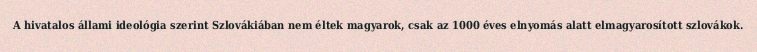
A hivatalos állami ideológia szerint Szlovákiában nem éltek magyarok, csak az 1000 éves elnyomás alatt elmagyarosított szlovákok.